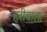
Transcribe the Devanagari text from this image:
हरीबाला